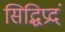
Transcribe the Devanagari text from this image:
सिद्धिप्रदं